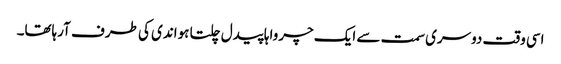
اسی وقت دوسری سمت سے ایک چرواہا پیدل چلتا ہواندی کی طرف آرہاتھا۔